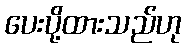
ပေးပို့ထားသည်ဟု